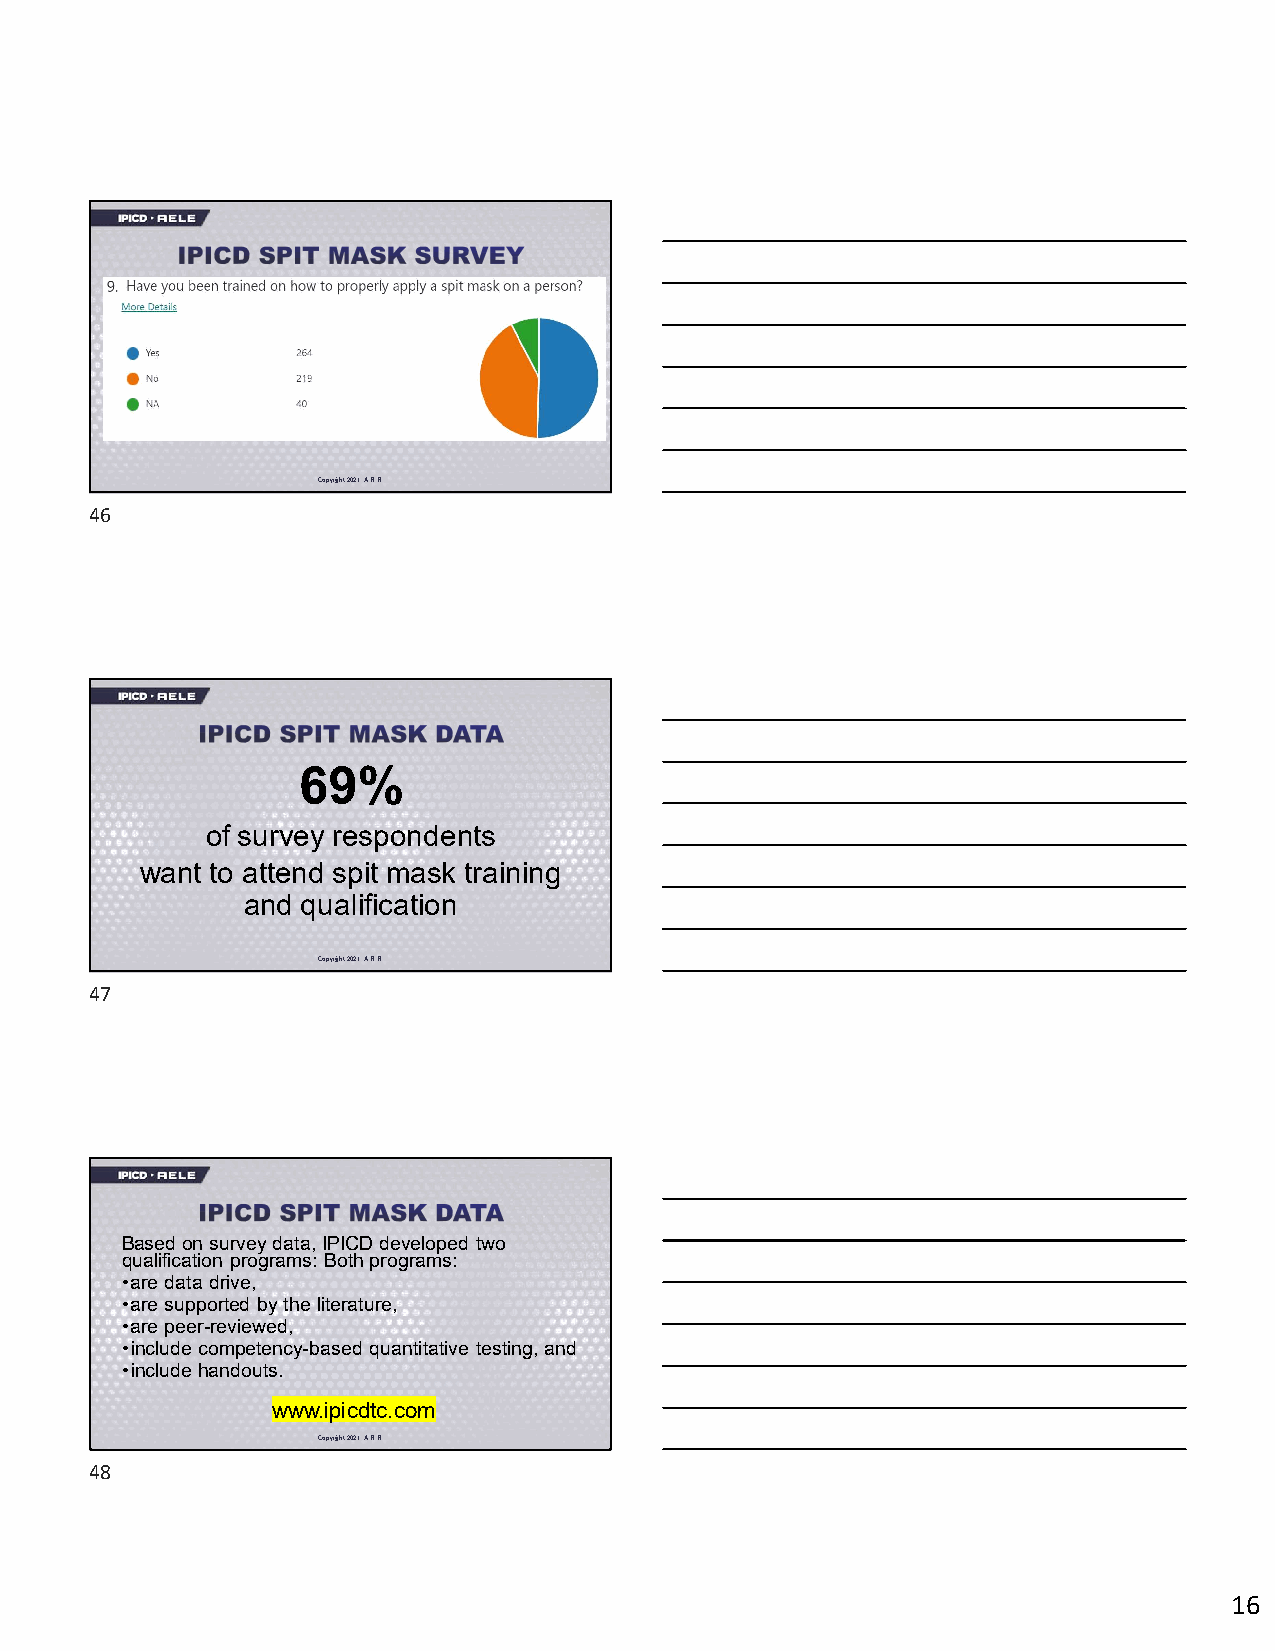
Copyright 2021. A.R.R.
 46
 69%
 of survey respondents
 want to attend spit mask training
 and qualification
 Copyright 2021. A.R.R.
 47
 Based on survey data, IPICD developed two
 qualification programs: Both programs:
 •are data drive,
 •are supported by the literature,
 •are peer-reviewed,
 •include competency-based quantitative testing, and
 •include handouts.
 www.ipicdtc.com
 Copyright 2021. A.R.R.
 48
 16